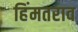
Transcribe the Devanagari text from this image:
हिंमतराव